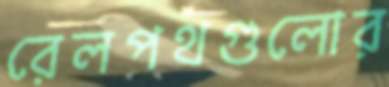
রেলপথগুলোর